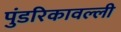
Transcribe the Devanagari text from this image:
पुंडरिकावल्ली